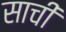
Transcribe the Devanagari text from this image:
साचीं